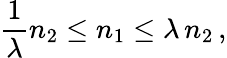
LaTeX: \frac{1}{\lambda}n_{2}\leq n_{1}\leq\lambda\, n_{2}\, ,